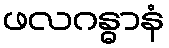
ဖလဂန္ဓာနံ